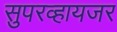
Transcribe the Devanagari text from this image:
सुपरव्हायजर